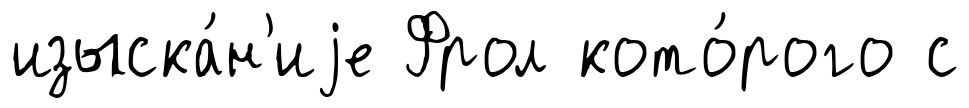
изыска́н'иjе Фрол кото́рого с